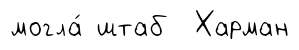
могла́ штаб Харман